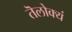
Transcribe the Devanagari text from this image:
तॆलोक्यं